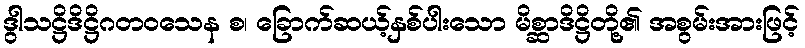
ဒွါသဋ္ဌိဒိဋ္ဌိဂတဝသေန စ၊ ခြောက်ဆယ့်နှစ်ပါးသော မိစ္ဆာဒိဋ္ဌိတို့၏ အစွမ်းအားဖြင့်